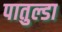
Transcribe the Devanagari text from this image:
पातुल्डा